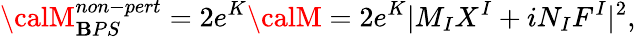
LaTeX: {\calM}_{\mathbf{B}PS}^{non-pert}=2e^{K}{\calM}={2}e^{K}|M_{I}X^{I}+iN_{I}F^{I}|^{2},